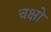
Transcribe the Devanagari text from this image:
चक्षो